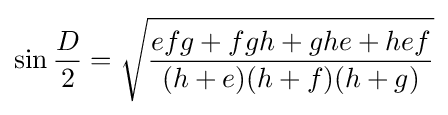
\sin {\frac {D}{2}}={\sqrt {\frac {efg+fgh+ghe+hef}{(h+e)(h+f)(h+g)}}}